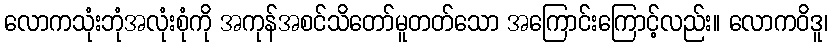
လောကသုံးဘုံအလုံးစုံကို အကုန်အစင်သိတော်မူတတ်သော အကြောင်းကြောင့်လည်း။ လောကဝိဒူ၊